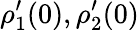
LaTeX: \rho_{1}^{\prime}(0),\rho_{2}^{\prime}(0)